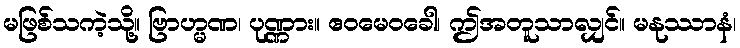
မဖြစ်သကဲ့သို့။ ဗြာဟ္မဏ၊ ပုဏ္ဏား။ ဧဝမေဝခေါ၊ ဤအတူသာလျှင်။ မနုဿာနံ၊